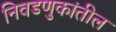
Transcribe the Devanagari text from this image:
निवडणुकांतील